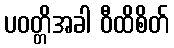
ပဝတ္တိအခါ ဝီထိစိတ်